Vaccination in Bombay 1924-1928 - 1924-1928
Year: 1924
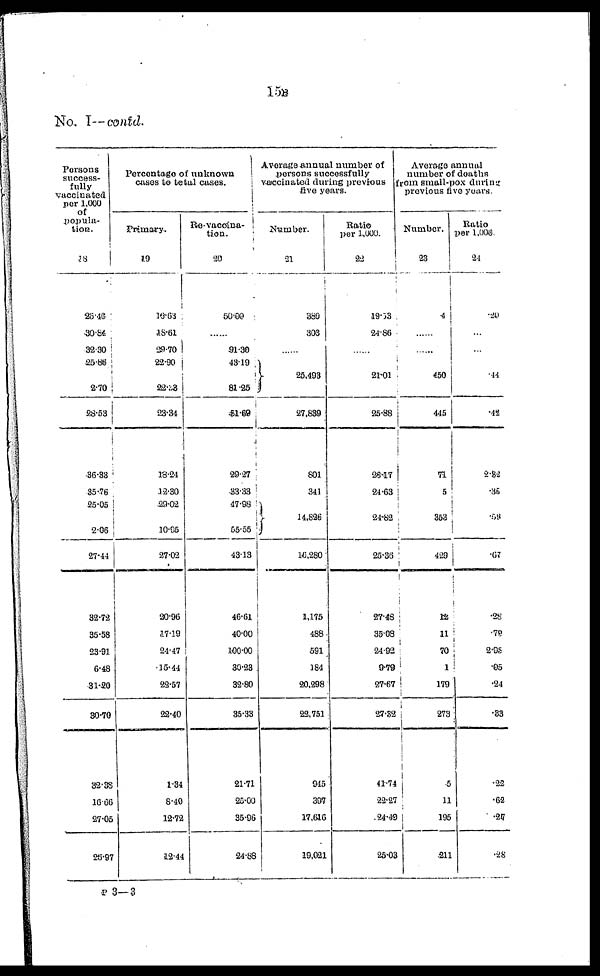
15B
No. I—contd.
Persons
success-
fully
vaccinated
per 1,000
of
popula-
tion.
18
26.46
30.84
32.30
25.86
2.70
28.53
36.33
35.76
25.05
2.06
27.44
32.72
35.58
23.91
6.48
31.40
30.70
32.38
16.66
27.05
26.97
Percentage of unknown
cases to total cases.
Primary.
19
16.63
18.61
29.70
22.90
22.33
23.34
18.24
12.30
29.02
10.95
27.02
20.96
17.19
24.47
15.44
22.57
22.40
1.34
8.40
12.72
12.44
Re-vaccina¬
tion.
20
50.00
91.30
43.19
81.25
51.69
29.27
33.33
47.98
55.55
43.13
46.61
40.00
100.00
30.23
32.80
35.33
21.71
25.00
35.96
24.88
Average annual number of
persons successfully
vaccinated during previous
five years.
Number.
21
389
303
......
25,493
27,839
801
341
14,826
16,280
1,175
488
591
184
20,298
22,751
945
397
17,616
19,021
Ratio
per 1,000.
22
19.53
24.86
......
21.01
25.88
28.17
24.63
24.82
25.36
27.48
35.08
24.92
9.79
27.67
27.32
41.74
22.27
24.49
25.03
Average annual
number of deaths
from small-pox during
previous five years.
Number.
23
4
......
......
450
445
71
5
353
429
12
11
70
1
179
273
5
11
195
211
Ratio
per 1,000.
24
.20
......
......
.44
.42
2.82
.35
.53
.67
.28
.79
2.95
.05
.24
.33
.22
.62
.27
.28
P 3—3